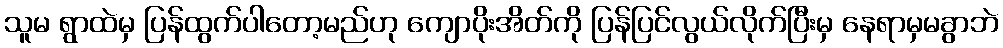
သူမ ရွာထဲမှ ပြန်ထွက်ပါတော့မည်ဟု ကျောပိုးအိတ်ကို ပြန်ပြင်လွယ်လိုက်ပြီးမှ နေရာမှမခွာဘဲ